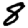
Digit: 8